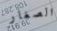
الصغار